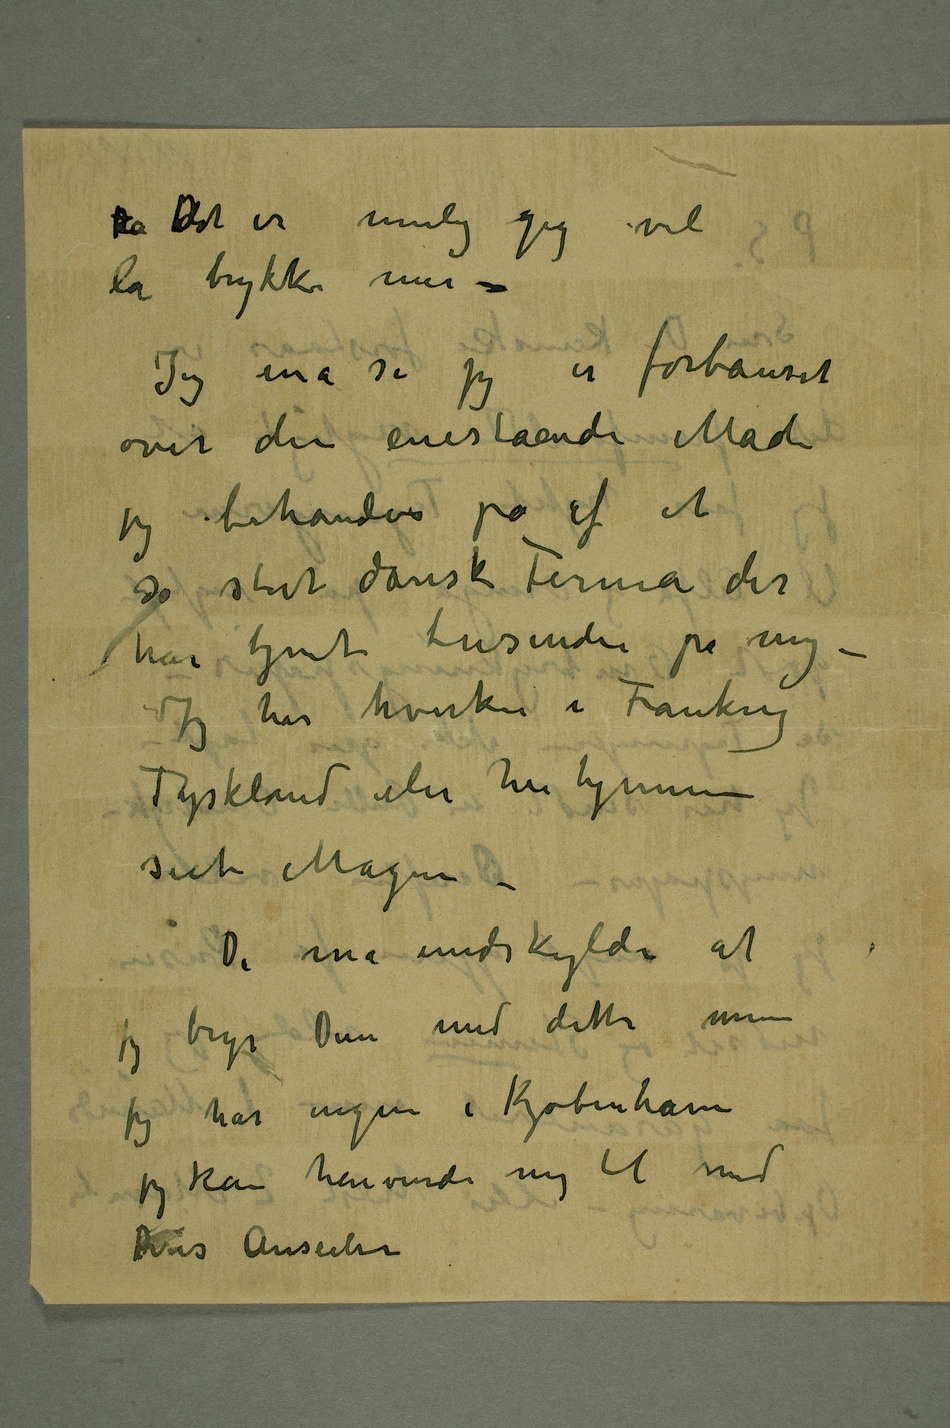
dDet er mulig jeg vil
la trykke mer –
Jeg må si jeg er forbauset
over den enestående Måde
jeg behandles på af et
så stort dansk Firma der
har tjent tusinder på mig
– Jeg har hverken i Frankrig
Tyskland eller her hjemme
seet Magen –
De må undskylde at
jeg bryr Dem med dette men
jeg har ingen i Kjøbenhavn
jeg kan henvende mig til med
Deres Anseelser